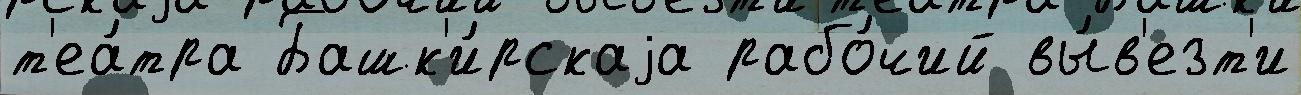
т'еа́тра Башк'и́рскаjа рабо́чий вы́в'езт'и